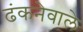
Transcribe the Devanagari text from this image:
ढंकनेवाले